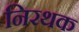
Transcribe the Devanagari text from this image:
निरथक